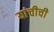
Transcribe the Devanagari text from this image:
यांचीची